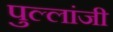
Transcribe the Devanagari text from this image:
पुल्लांजी